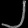
Digit: ၂